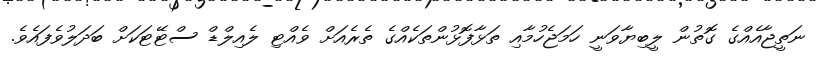
ނަތީޖާއެއްގެ ގޮތުން ލީބިޔާވަނީ ހަމަޖެހުމާއި ތަޅާފޮޅުންތަކެއްގެ ތެރެއަށް ވެއްޓި ލެއިލްޑް ސްޓޭޓަކަށް ބަދަލުވެފައެވެ.